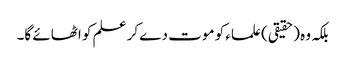
بلکہ وہ (حقیقی) علماء کو موت دے کر علم کو اٹھائے گا۔